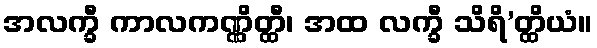
အလက္ခီ ကာလကဏ္ဏိတ္ထီ၊ အထ လက္ခီ သိရိ’တ္ထိယံ။